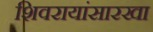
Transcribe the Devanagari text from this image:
शिवरायांसारखा